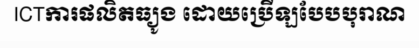
ICTការផលិតធ្យូង ដោយប្រើឡបែបបុរាណ